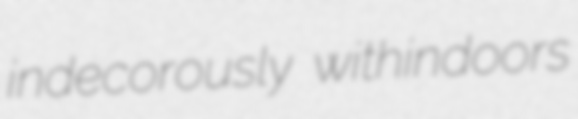
indecorously withindoors